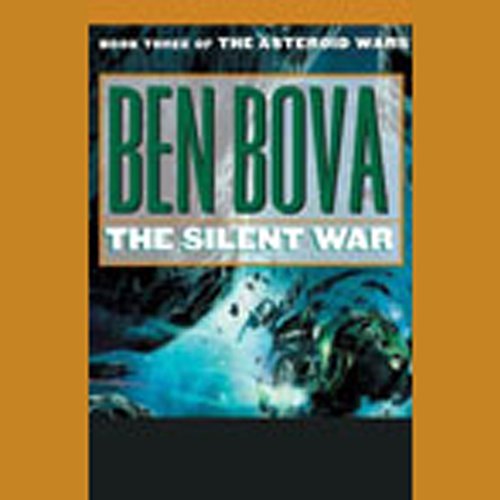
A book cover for The Silent War: Book Three of The Asteroid Wars; Ben Bova; Science & Math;